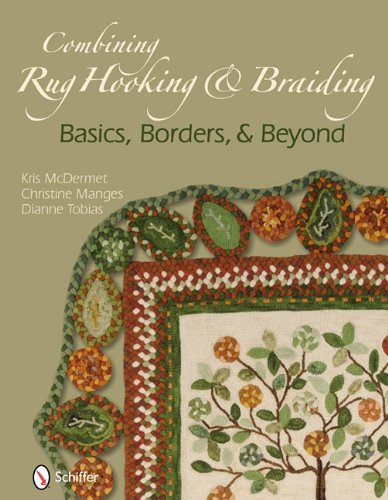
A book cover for Combining Rug Hooking & Braiding: Basics, Borders, & Beyond; Kris McDermet; Crafts, Hobbies & Home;